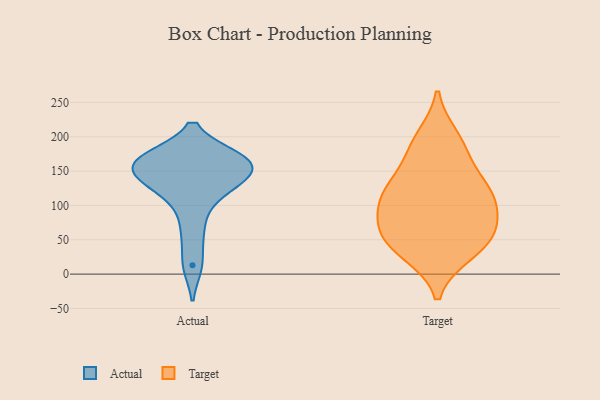
{"axis": {"x": "Revenue (USD Million)", "y": "Value"}, "legend": ["Actual", "Target"], "data": [{"x": "", "y": 13, "type": "Actual"}, {"x": "", "y": 133, "type": "Actual"}, {"x": "", "y": 64, "type": "Actual"}, {"x": "", "y": 168, "type": "Actual"}, {"x": "", "y": 148, "type": "Actual"}, {"x": "", "y": 133, "type": "Actual"}, {"x": "", "y": 109, "type": "Actual"}, {"x": "", "y": 168, "type": "Actual"}, {"x": "", "y": 167, "type": "Actual"}, {"x": "", "y": 169, "type": "Actual"}, {"x": "", "y": 152, "type": "Actual"}, {"x": "", "y": 167, "type": "Target"}, {"x": "", "y": 30, "type": "Target"}, {"x": "", "y": 107, "type": "Target"}, {"x": "", "y": 190, "type": "Target"}, {"x": "", "y": 133, "type": "Target"}, {"x": "", "y": 126, "type": "Target"}, {"x": "", "y": 53, "type": "Target"}, {"x": "", "y": 107, "type": "Target"}, {"x": "", "y": 117, "type": "Target"}, {"x": "", "y": 90, "type": "Target"}, {"x": "", "y": 68, "type": "Target"}, {"x": "", "y": 199, "type": "Target"}, {"x": "", "y": 55, "type": "Target"}, {"x": "", "y": 31, "type": "Target"}, {"x": "", "y": 60, "type": "Target"}]}